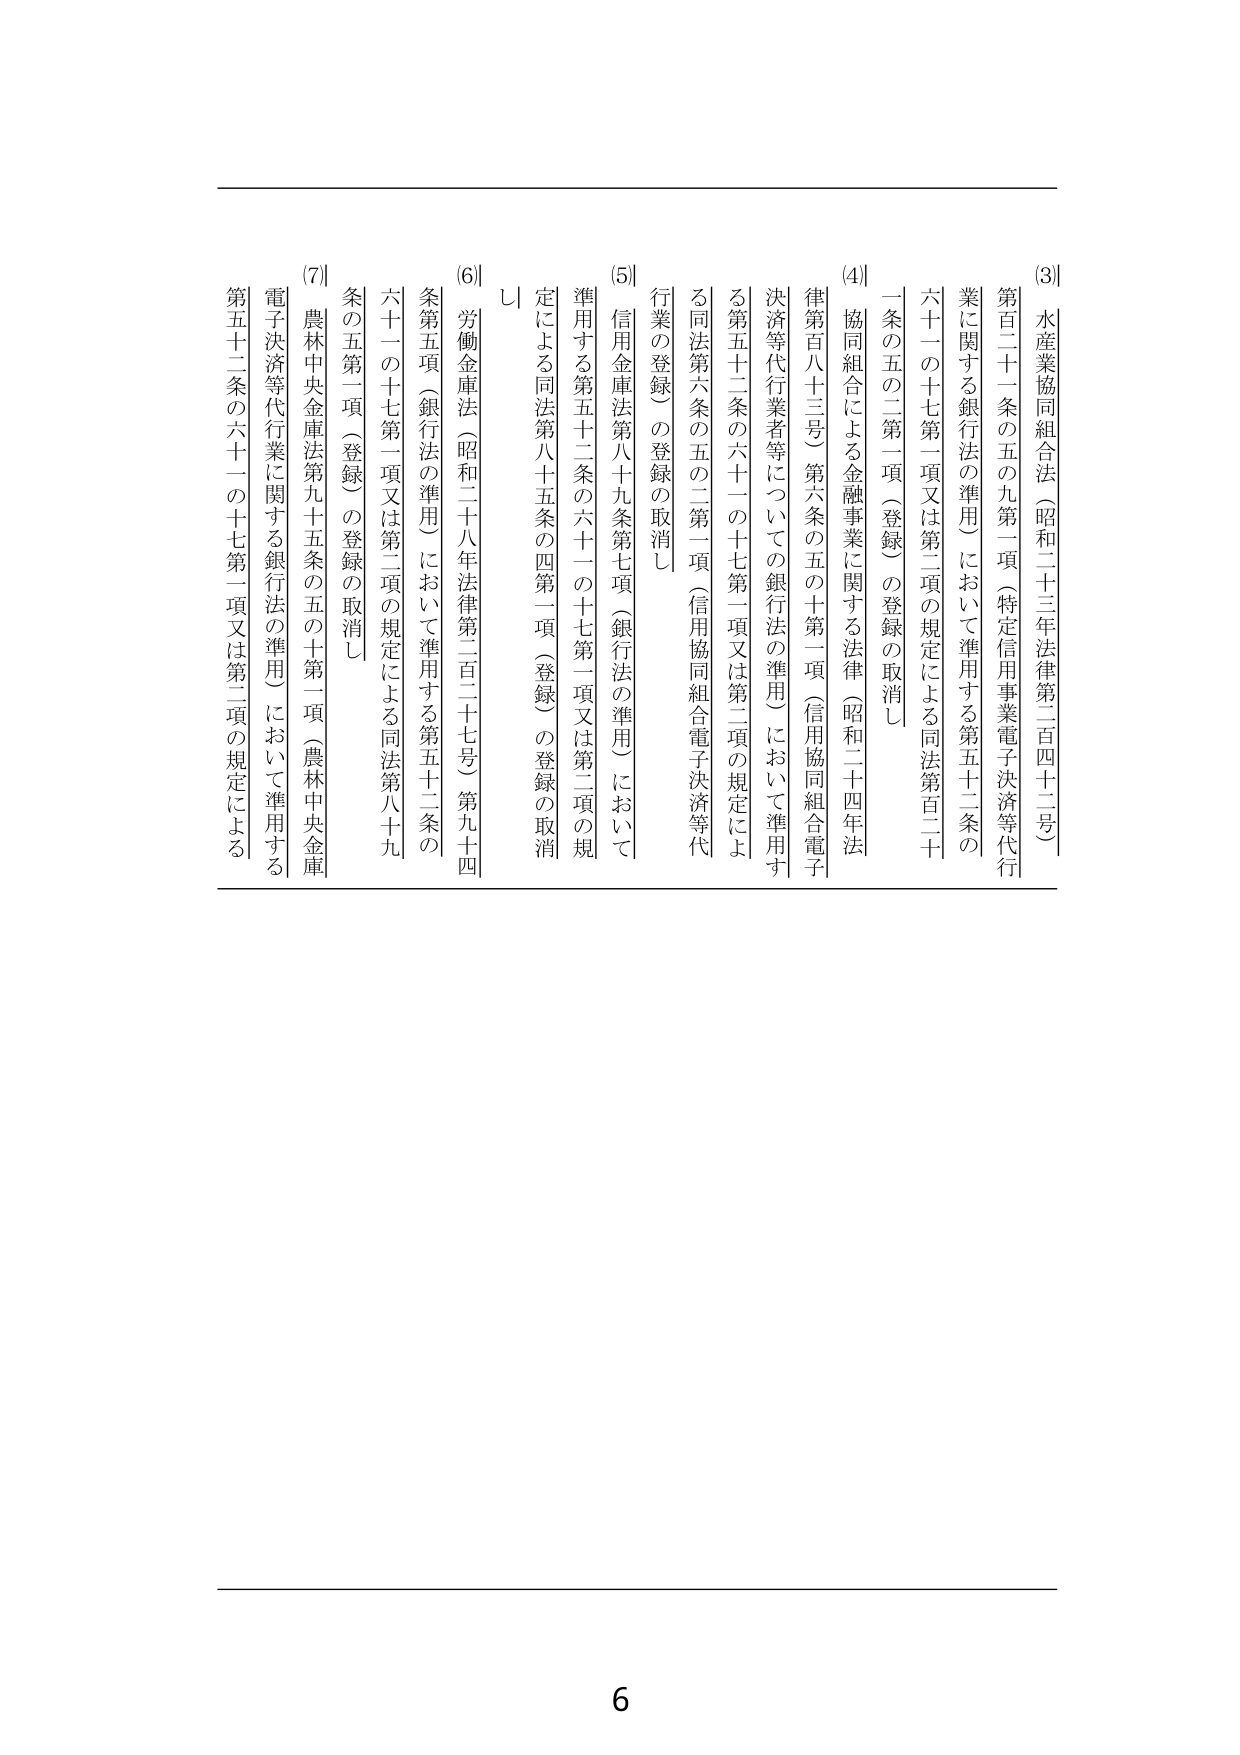
[3] 水産業協同組合法（昭和二十三年法律第二百四十二号）
第百二十一条の五の九第一項（特定信用事業電子決済等代行業に関する銀行法の準用）において準用する第五十二条の六十一の十七第一項又は第二項の規定による同法第二十一条の五の二第一項（登録）の登録の取消し

[4] 協同組合による金融事業に関する法律（昭和二十四年法律第百八十三号）第六条の五の十第一項（信用協同組合電子決済等代行業者等についての銀行法の準用）において準用する第五十二条の六十一の十七第一項又は第二項の規定による同法第六条の五の二第一項（信用協同組合電子決済等代行業の登録）の登録の取消し

[5] 信用金庫法第八十九条第七項（銀行法の準用）において準用する第五十二条の六十一の十七第一項又は第二項の規定による同法第八十五条の四第一項（登録）の登録の取消し

[6] 労働金庫法（昭和二十八年法律第二百二十七号）第九十四条第五項（銀行法の準用）において準用する第五十二条の六十一の十七第一項又は第二項の規定による同法第八十九条の五第一項（登録）の登録の取消し

[7] 農林中央金庫法第九十五条の五の十第一項（農林中央金庫電子決済等代行業に関する銀行法の準用）において準用する第五十二条の六十一の十七第一項又は第二項の規定による

6